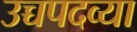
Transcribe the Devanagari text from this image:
उच्चपदव्या